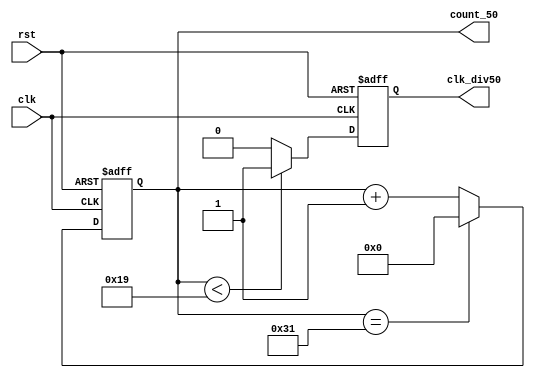
module counter_v5_50(
    input clk,
    input rst,
    output reg [5:0] count_50,
    output reg       clk_div50
);

always @ (posedge clk or negedge rst)
begin
    if (!rst)
    begin
        count_50  <= 0;
    end
    else if (count_50 == 49)
    begin
        count_50 <= 0;
    end
    else
        count_50 <= count_50 + 1;
end

always @ (posedge clk or negedge rst)
begin
    if (!rst)
    begin
        clk_div50 <= 0;
    end
    else if (count_50 < 25)
    begin
        clk_div50 <= 1;
    end
    else
        clk_div50 <= 0;
end

endmodule